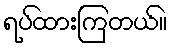
ရပ်ထားကြတယ်။